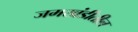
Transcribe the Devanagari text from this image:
जमखंडीतील